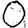
Digit: 0